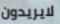
لايريدون